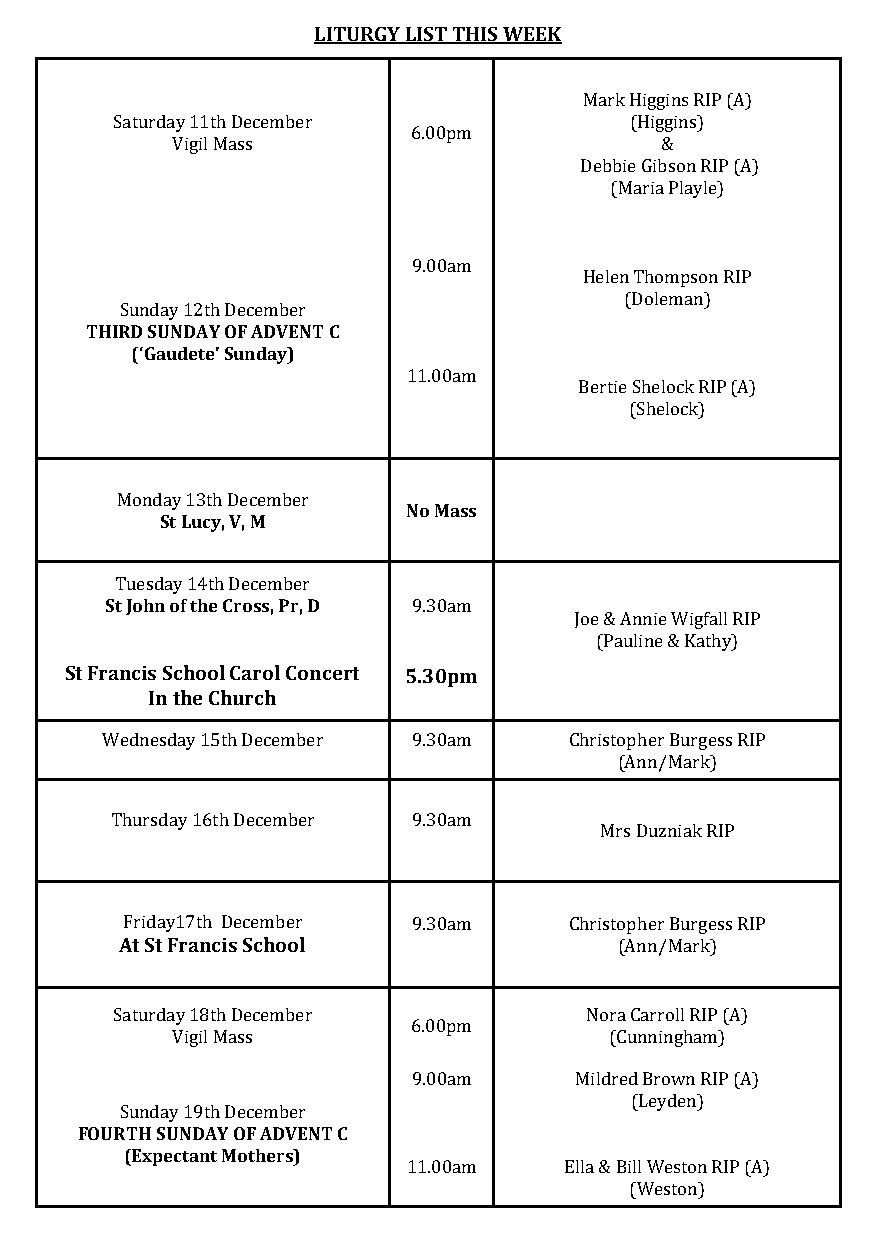
LITURGY LIST THIS WEEK
 Mark Higgins RIP (A)
 Saturday 11th December             (Higgins)
 6.00pm
 Vigil Mass                       &
 Debbie Gibson RIP (A)
 (Maria Playle)
 9.00am
 Helen Thompson RIP
 (Doleman)
 Sunday 12th December
 THIRD SUNDAY OF ADVENT C
 (‘Gaudete’ Sunday)
 11.00am
 Bertie Shelock RIP (A)
 (Shelock)
 Monday 13th December
 No Mass
 St Lucy, V, M
 Tuesday 14th December
 St John of the Cross, Pr, D 9.30am
 Joe & Annie Wigfall RIP
 (Pauline & Kathy)
 St Francis School Carol Concert 5.30pm
 In the Church
 Wednesday 15th December 9.30am Christopher Burgess RIP
 (Ann/Mark)
 Thursday 16th December 9.30am
 Mrs Duzniak RIP
 Friday17th December 9.30am    Christopher Burgess RIP
 At St Francis School             (Ann/Mark)
 Saturday 18th December          Nora Carroll RIP (A)
 6.00pm
 Vigil Mass                   (Cunningham)
 9.00am     Mildred Brown RIP (A)
 (Leyden)
 Sunday 19th December
 FOURTH SUNDAY OF ADVENT C
 (Expectant Mothers)
 11.00am   Ella & Bill Weston RIP (A)
 (Weston)